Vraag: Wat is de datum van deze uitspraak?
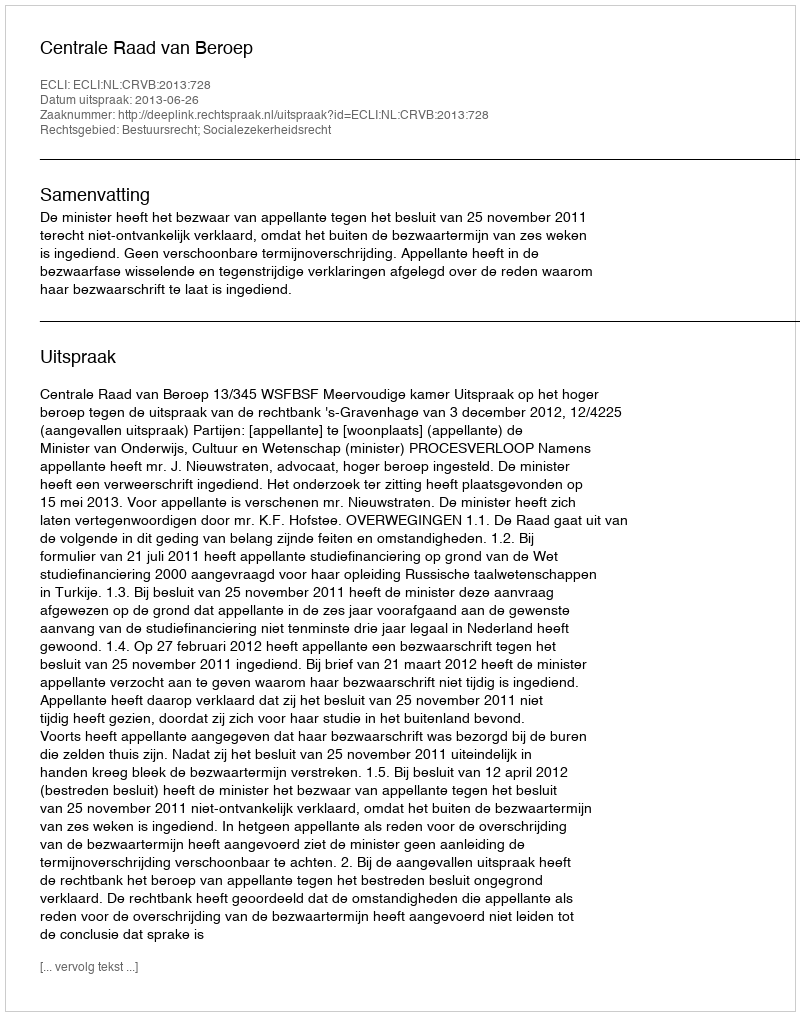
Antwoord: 2013-06-26